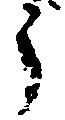
う